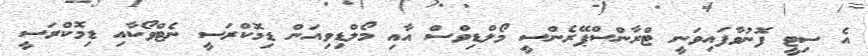
އެ ސިޓީ ފޮނުވާފައިވަނީ ޓްރާންސްޕޭރެންސީ މޯލްޑިވްސް އާއި މޯލްޑިވިއަން ޑިމޮކްރަސީ ނެޓްވޯކާއި ޑިމޮކްރަސީ